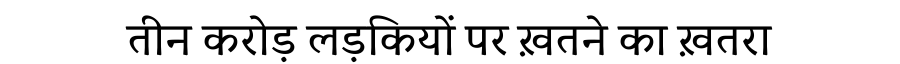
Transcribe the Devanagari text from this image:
तीन करोड़ लड़कियों पर ख़तने का ख़तरा